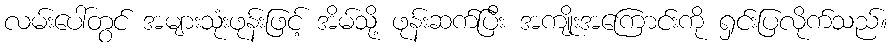
လမ်းပေါ်တွင် အများသုံးဖုန်းဖြင့် အိမ်သို့ ဖုန်းဆက်ပြီး အကျိုးအကြောင်းကို ရှင်းပြလိုက်သည်။